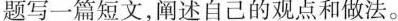
题写一篇短文,阐述自己的观点和做法。